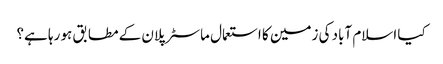
کیا اسلام آباد کی زمین کا استعمال ماسٹر پلان کے مطابق ہو رہا ہے؟